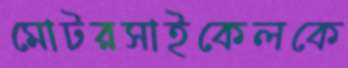
মোটরসাইকেলকে